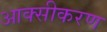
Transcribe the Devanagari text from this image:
आक्‍सीकरण